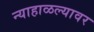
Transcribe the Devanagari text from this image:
न्याहाळल्यावर